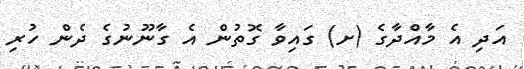
އަދި އެ މާއްދާގެ (ށ) ގައިވާ ގޮތުން އެ ގާނޫނުގެ ދެން ހުރި